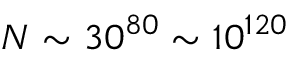
{ \cal N } \sim 3 0 ^ { 8 0 } \sim 1 0 ^ { 1 2 0 }